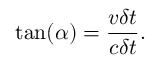
\tan ( \alpha ) = { \frac { v \delta t } { c \delta t } } .